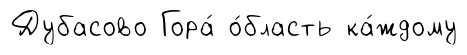
Дубасово Гора́ о́бласть ка́ждому